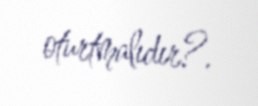
oturtmalıdır?.